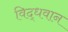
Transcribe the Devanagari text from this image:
विद्धवान